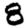
Digit: 8